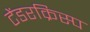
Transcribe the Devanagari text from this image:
टेंडरक्रिस्प